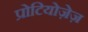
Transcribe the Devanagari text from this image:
प्रोटियोज़ेज़